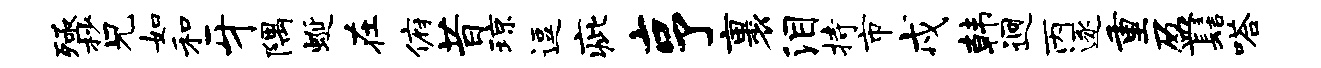
殛杪兄如和牙隅蜒在俯昔琼逗疵亨裹泪持市戍韩迥丙逐重盈髻嗒